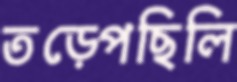
তড়্‌পেছিলি